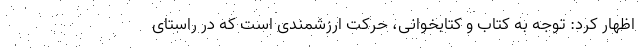
اظهار کرد: توجه به کتاب و کتابخوانی، حرکت ارزشمندی است که در راستای